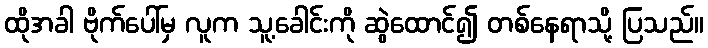
ထိုအခါ ဗိုက်ပေါ်မှ လူက သူ့ခေါင်းကို ဆွဲထောင်၍ တစ်နေရာသို့ ပြသည်။